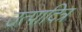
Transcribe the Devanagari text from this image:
उत्पादित्र